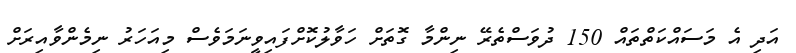
އަދި އެ މަސައްކަތްތައް 150 ދުވަސްތެރޭ ނިންމާ ގޮތަށް ހަވާލުކޮށްފައިވީނަމަވެސް މިއަހަަރު ނިމެންވާއިރަށް